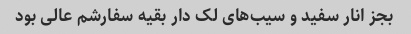
بجز انار سفید و سیب‌های لک دار بقیه سفارشم عالی بود